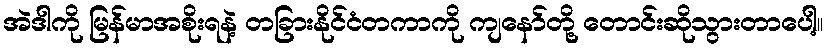
အဲဒါကို မြန်မာအစိုးရနဲ့ တခြားနိုင်ငံတကာကို ကျနော်တို့ တောင်းဆိုသွားတာပေါ့။